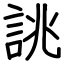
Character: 誂